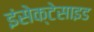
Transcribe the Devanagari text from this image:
इंसेक्टेसाइड